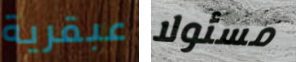
عبقرية مسئولا